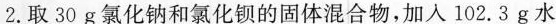
2.取30g氯化钠和氯化钡的固体混合物，加入102.3g水